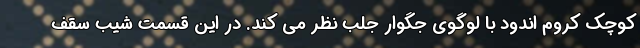
کوچک کروم اندود با لوگوی جگوار جلب نظر می کند. در این قسمت شیب سقف